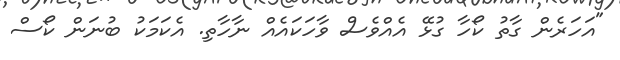
"އަހަރެން ގާތު ކޯހާ ގުޅޭ އެއްވެސް ވާހަކައެއް ނާހާތި. އެކަމަކު ބުނަން ކޯސް